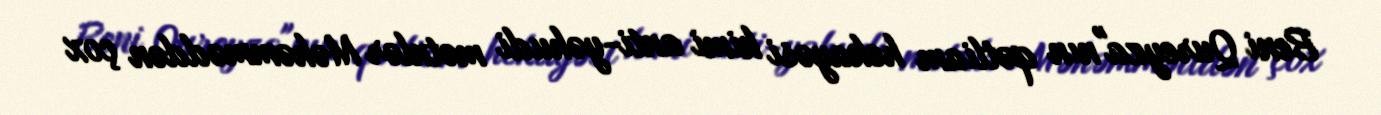
Beni Qureyza"nın qətliam hekayəsi kimi anti-yəhudi mətnlər Məhəmməddən çox